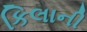
કિલાની